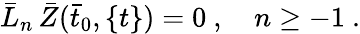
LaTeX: {\bar{L}}_{n}\, {\bar{Z}}({\bar{t}}_{0},\{ t\} )=0\ ,\quad n\ge-1\ .